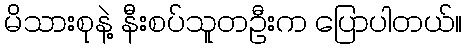
မိသားစုနဲ့ နီးစပ်သူတဦးက ပြောပါတယ်။